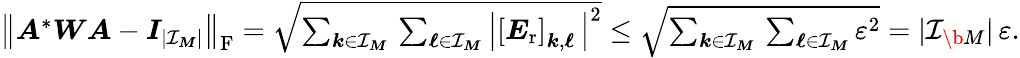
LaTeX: \begin{array}{r}{\big\| \boldsymbol A^{*}\boldsymbol W\boldsymbol A-\boldsymbol I_{|\mathcal I_{\boldsymbol M}|}\big\| _{\mathrm F}=\sqrt{\sum_{\boldsymbol k\in\mathcal I_{\boldsymbol M}}\, \sum_{\boldsymbol\ell\in\mathcal I_{\boldsymbol M}}\left|\left[\boldsymbol E_{\mathrm{r}}\right]_{\boldsymbol k,\boldsymbol\ell}\, \right|^{2}}\leq\sqrt{\sum_{\boldsymbol k\in\mathcal I_{\boldsymbol M}}\, \sum_{\boldsymbol\ell\in\mathcal I_{\boldsymbol M}}\varepsilon^{2}}=|\mathcal I_{\b{M}}|\, \varepsilon.}\end{array}